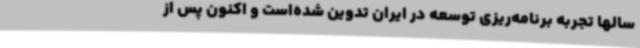
سالها تجربه برنامه‌ریزی توسعه در ایران تدوین شده‌است و اکنون پس از